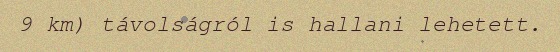
9 km) távolságról is hallani lehetett.